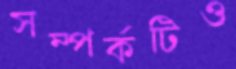
সম্পর্কটিও